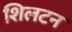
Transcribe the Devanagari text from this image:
शिलटन